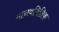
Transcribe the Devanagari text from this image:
मानवमितिक